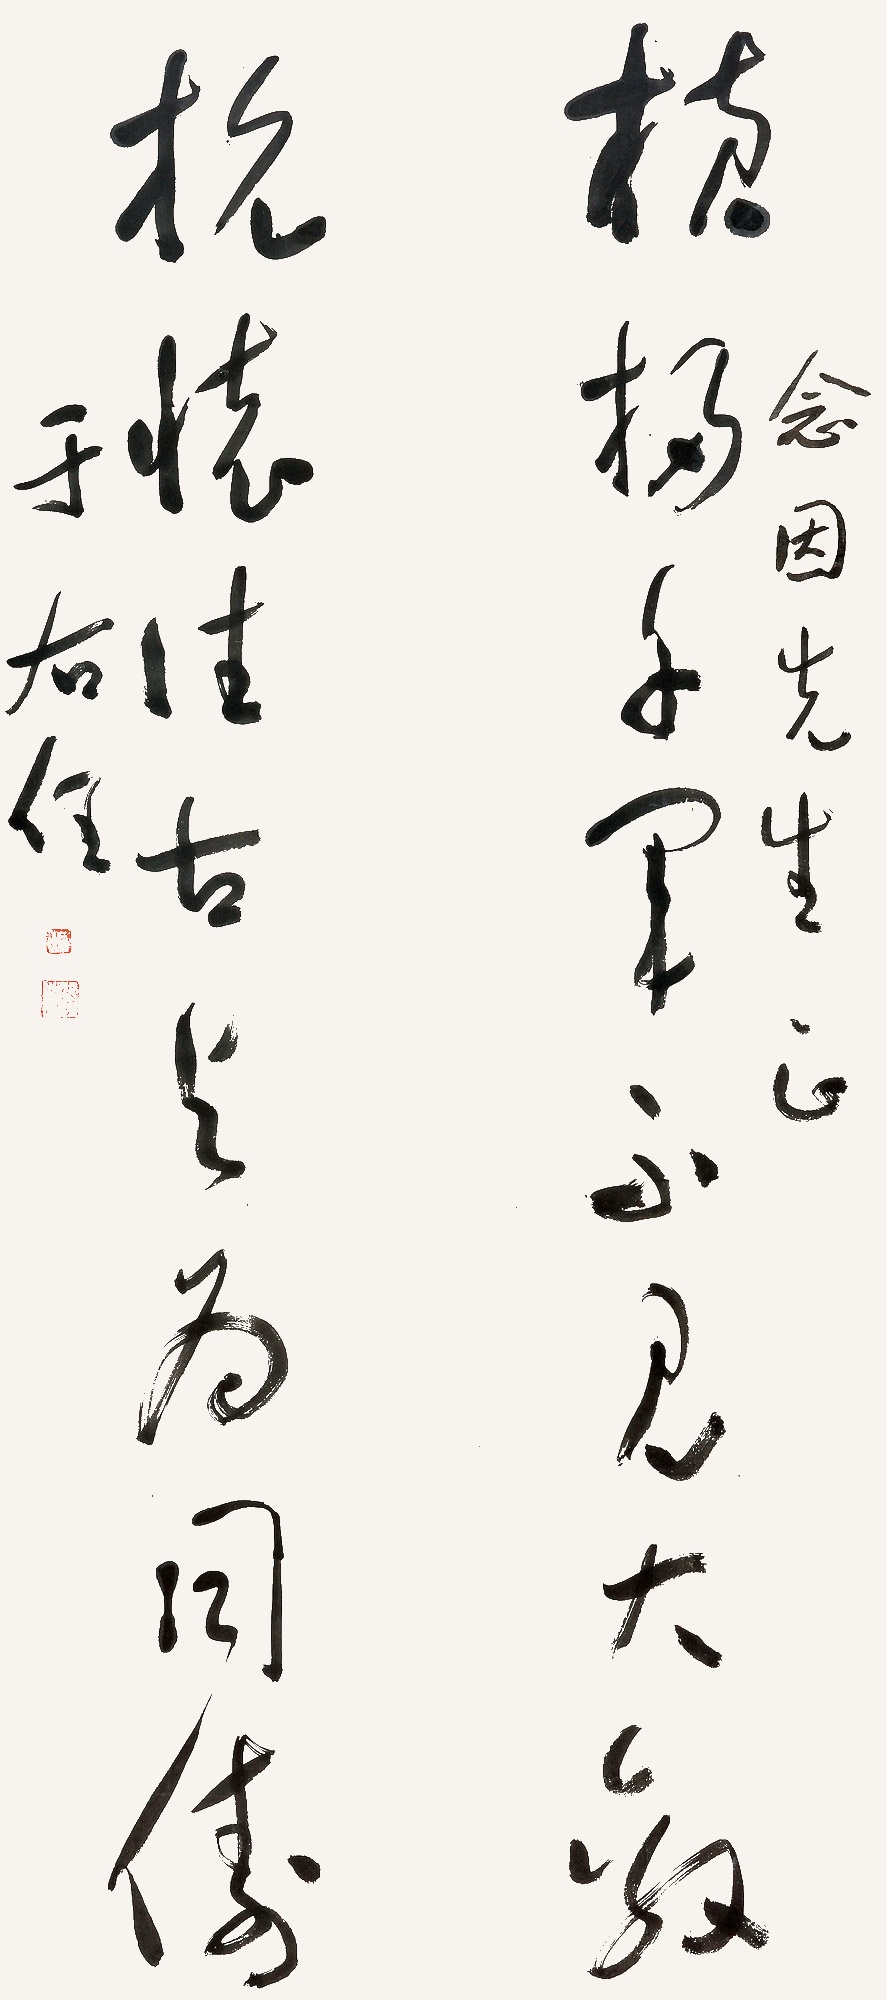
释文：横扫千军不见大敌，抗怀往古与为同俦。念因先生正，于右任。